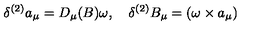
\delta ^ { ( 2 ) } a _ { \mu } = D _ { \mu } ( B ) \omega , \quad \delta ^ { ( 2 ) } B _ { \mu } = ( \omega \times a _ { \mu } )